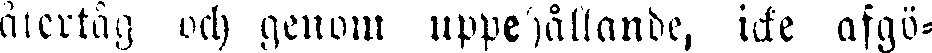
återtåg och genom uppehållande, icke afgö-